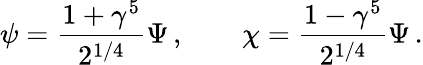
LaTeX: \psi=\frac{1+\gamma^{5}}{2^{1/4}}\Psi\, ,\qquad\chi=\frac{1-\gamma^{5}}{2^{1/4}}\Psi\, .